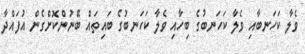
ވެލާ ކަހަނބާއި ވެލާ ކަހަނބުގެ ބިހާއި ވެލާ ކަހަނބުގެ ބައިތައް ބޭނުންކޮށްގެން އުފައްދާ